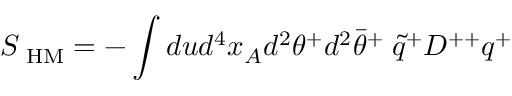
S _ { \mathrm { \scriptsize ~ H M } } = - \int d u d ^ { 4 } x _ { A } d ^ { 2 } \theta ^ { + } d ^ { 2 } \bar { \theta } ^ { + } \; \tilde { q } ^ { + } D ^ { + + } q ^ { + }